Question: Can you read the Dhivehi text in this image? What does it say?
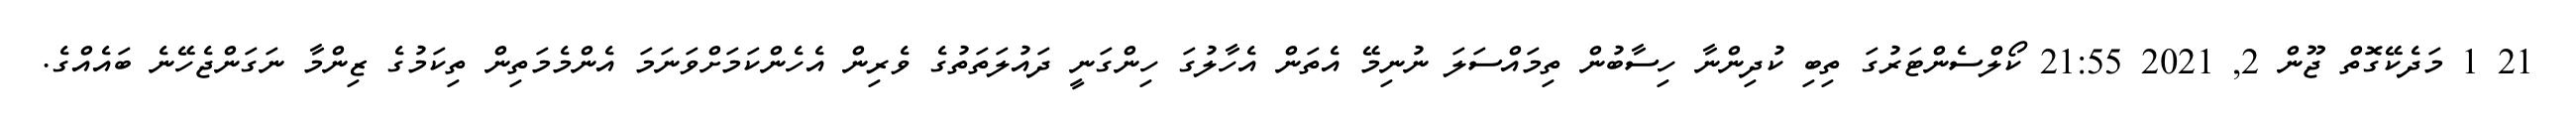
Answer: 21 1 މަދެކޭގޮތް ޖޫން 2, 2021 21:55 ކޯލްސެންޓަރުގަ ތިބި ކުދިންނާ ހިސާބުން ތިމައްސަލަ ނުނިމޭ އެތަން އެހާލުގަ ހިންގަނީ ދައުލަތަތުގެ ވެރިން އެހެންކަމަށްވަނަމަ އެންމެމަތިން ތިކަމުގެ ޒިންމާ ނަގަންޖެހޭނެ ބައެއްގެ.